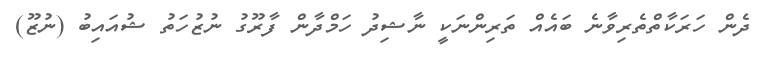
ދެން ހަރަކާތްތެރިވާނެ ބައެއް ތަރިންނަކީ ނާޝިދު ހަމްދާން ފާރޫގު ނުޒުހަތު ޝުއައިބު (ނުޒޫ)